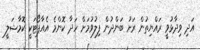
އަދި ވިދާޅުވީ ރައްޔިތުން ރަށު ބަންދުން ފިލުވުމަށް ހަދާ ކޮންމެ އެއާޕޯޓަކީ ކޮމާޝަލީ